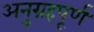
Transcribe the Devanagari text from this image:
अनुग्रहपूर्ण